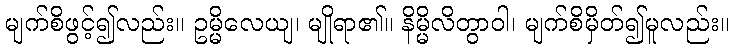
မျက်စိဖွင့်၍လည်း။ ဥမ္မိလေယျ၊ မျိုရာ၏။ နိမ္မိလိတွာဝါ၊ မျက်စိမှိတ်၍မူလည်း။